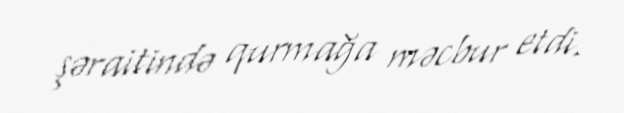
şəraitində qurmağa məcbur etdi.